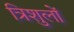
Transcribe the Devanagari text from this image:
त्रिशुलों